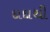
દાદાથી